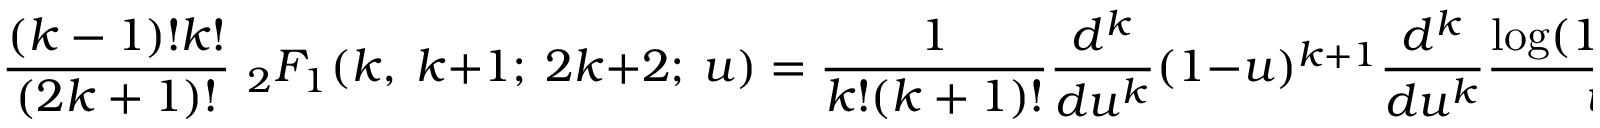
\frac { ( k - 1 ) ! k ! } { ( 2 k + 1 ) ! } { \ } _ { 2 } F _ { 1 } ( k , \ k + 1 ; \ 2 k + 2 ; \ u ) = \frac { 1 } { k ! ( k + 1 ) ! } \frac { d ^ { k } } { d u ^ { k } } ( 1 - u ) ^ { k + 1 } \frac { d ^ { k } } { d u ^ { k } } \frac { \log ( 1 - u ) } { u }